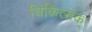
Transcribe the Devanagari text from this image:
चिकित्सक्